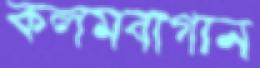
কলমবাগান